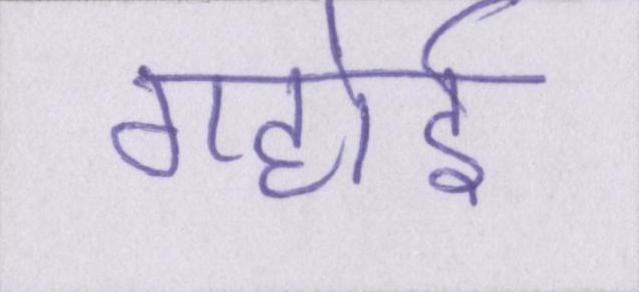
गहोई